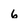
Character: 6